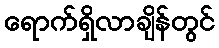
ရောက်ရှိလာချိန်တွင်